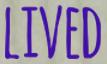
LIVED